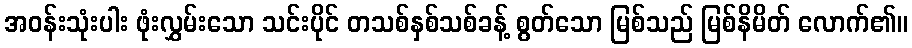
အဝန်းသုံးပါး ဖုံးလွှမ်းသော သင်းပိုင် တသစ်နှစ်သစ်ခန့် စွတ်သော မြစ်သည် မြစ်နိမိတ် လောက်၏။